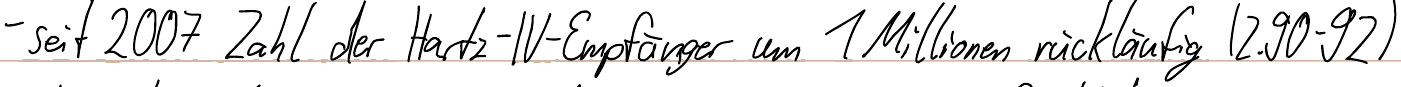
- seit 2007 Zahl der Hartz-IV-Empfänger um 1 Millionen rückläufig (Z.90-92)